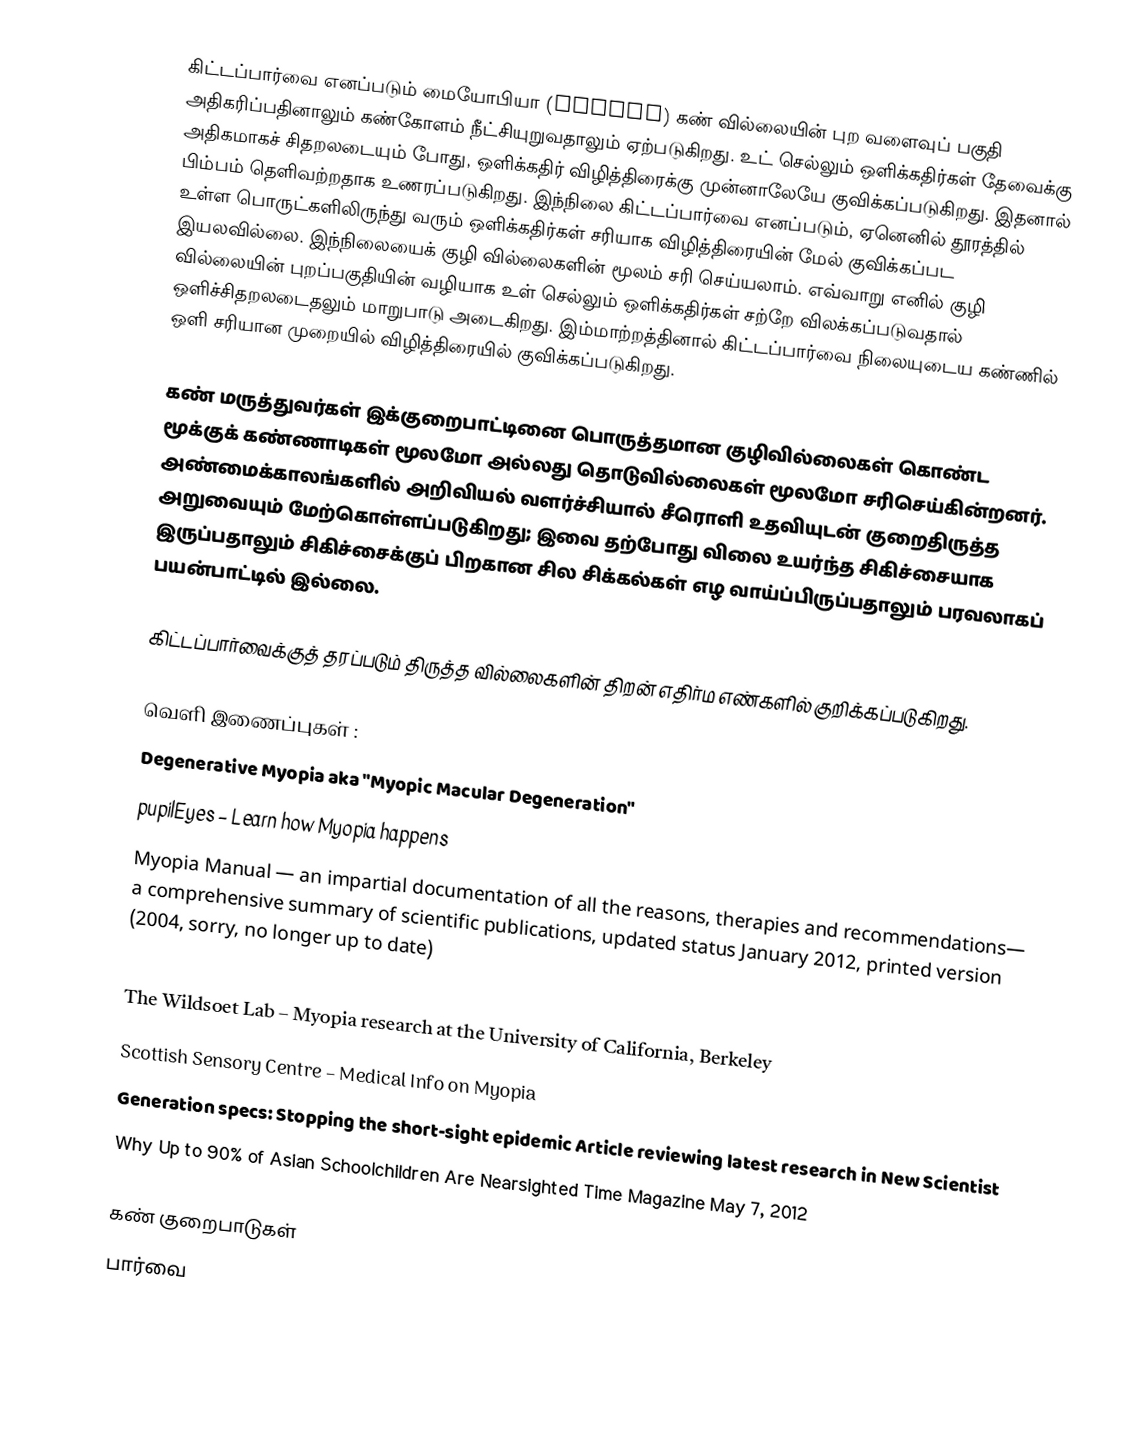
கிட்டப்பார்வை எனப்படும் மையோபியா (Myopia) கண் வில்லையின் புற வளைவுப் பகுதி அதிகரிப்பதினாலும் கண்கோளம் நீட்சியுறுவதாலும் ஏற்படுகிறது. உட் செல்லும் ஒளிக்கதிர்கள் தேவைக்கு அதிகமாகச் சிதறலடையும் போது, ஒளிக்கதிர் விழித்திரைக்கு முன்னாலேயே குவிக்கப்படுகிறது. இதனால் பிம்பம் தெளிவற்றதாக உணரப்படுகிறது. இந்நிலை கிட்டப்பார்வை எனப்படும், ஏனெனில் தூரத்தில் உள்ள பொருட்களிலிருந்து வரும் ஒளிக்கதிர்கள் சரியாக விழித்திரையின் மேல் குவிக்கப்பட இயலவில்லை. இந்நிலையைக் குழி வில்லைகளின் மூலம் சரி செய்யலாம். எவ்வாறு எனில் குழி வில்லையின் புறப்பகுதியின் வழியாக உள் செல்லும் ஒளிக்கதிர்கள் சற்றே விலக்கப்படுவதால் ஒளிச்சிதறலடைதலும் மாறுபாடு அடைகிறது. இம்மாற்றத்தினால் கிட்டப்பார்வை நிலையுடைய கண்ணில் ஒளி சரியான முறையில் விழித்திரையில் குவிக்கப்படுகிறது.

கண் மருத்துவர்கள் இக்குறைபாட்டினை  பொருத்தமான குழிவில்லைகள் கொண்ட மூக்குக் கண்ணாடிகள் மூலமோ அல்லது தொடுவில்லைகள் மூலமோ சரிசெய்கின்றனர். அண்மைக்காலங்களில் அறிவியல் வளர்ச்சியால் சீரொளி உதவியுடன் குறைதிருத்த அறுவையும் மேற்கொள்ளப்படுகிறது; இவை தற்போது விலை உயர்ந்த சிகிச்சையாக இருப்பதாலும் சிகிச்சைக்குப் பிறகான சில சிக்கல்கள் எழ வாய்ப்பிருப்பதாலும் பரவலாகப் பயன்பாட்டில் இல்லை.

கிட்டப்பார்வைக்குத் தரப்படும் திருத்த வில்லைகளின் திறன் எதிர்ம எண்களில் குறிக்கப்படுகிறது.

வெளி இணைப்புகள் :
Degenerative Myopia  aka "Myopic Macular Degeneration"
pupilEyes – Learn how Myopia happens
Myopia Manual — an impartial documentation of all the reasons, therapies and recommendations— a comprehensive summary of scientific publications, updated status January 2012, printed version  (2004, sorry, no longer up to date)
VisionSimulations.com |What the world looks like to people with various diseases and conditions of the eye
The Wildsoet Lab  – Myopia research at the University of California, Berkeley
Scottish Sensory Centre – Medical Info on Myopia
Generation specs: Stopping the short-sight epidemic Article reviewing latest research in New Scientist
Why Up to 90% of Asian Schoolchildren Are Nearsighted Time Magazine May 7, 2012

கண் குறைபாடுகள்
பார்வை